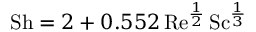
\mathrm { S h } = 2 + 0 . 5 5 2 \, \mathrm { R e } ^ { \frac { 1 } { 2 } } \, \mathrm { S c } ^ { \frac { 1 } { 3 } }